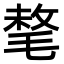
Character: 㲠